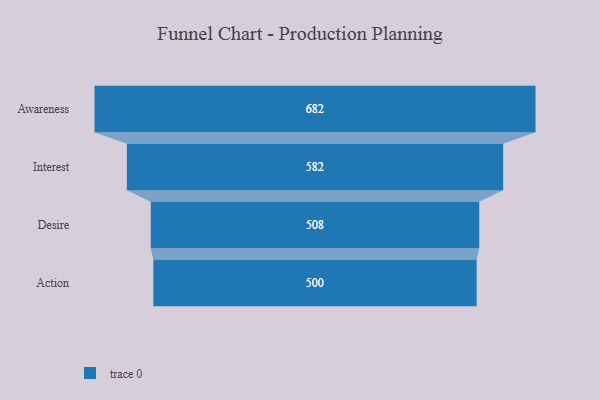
{"axis": {"x": "Stage", "y": "Value"}, "legend": [""], "data": [{"x": "Awareness", "y": 682.0, "type": ""}, {"x": "Interest", "y": 582.0, "type": ""}, {"x": "Desire", "y": 508.0, "type": ""}, {"x": "Action", "y": 500, "type": ""}]}